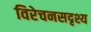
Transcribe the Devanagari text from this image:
विरेचनसदृश्य